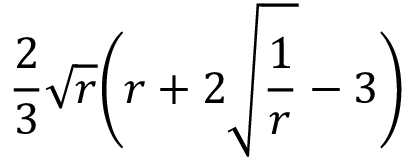
\frac { 2 } { 3 } \sqrt { r } \bigg ( r + 2 \sqrt { \frac { 1 } { r } } - 3 \bigg )